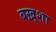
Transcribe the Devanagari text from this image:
बख़्शा